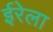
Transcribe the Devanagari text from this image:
ईरेला